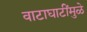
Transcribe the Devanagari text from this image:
वाटाघाटींमुळे